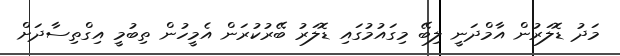
މަދު ޑޮލަރުން އާމްދަނީ ލިބޭ މިގައުމުގައި ޑޮލަރު ބޭރުކުރަން އެމީހުން ތިބުމީ އިގްތިސާދަށް